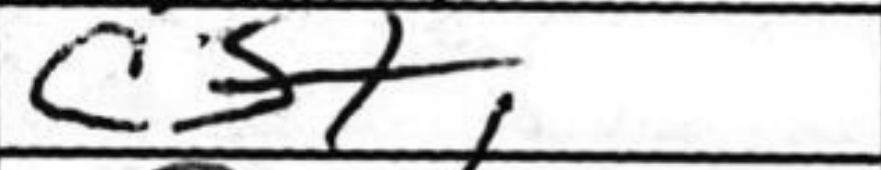
Transcription: c5+